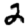
Digit: 2